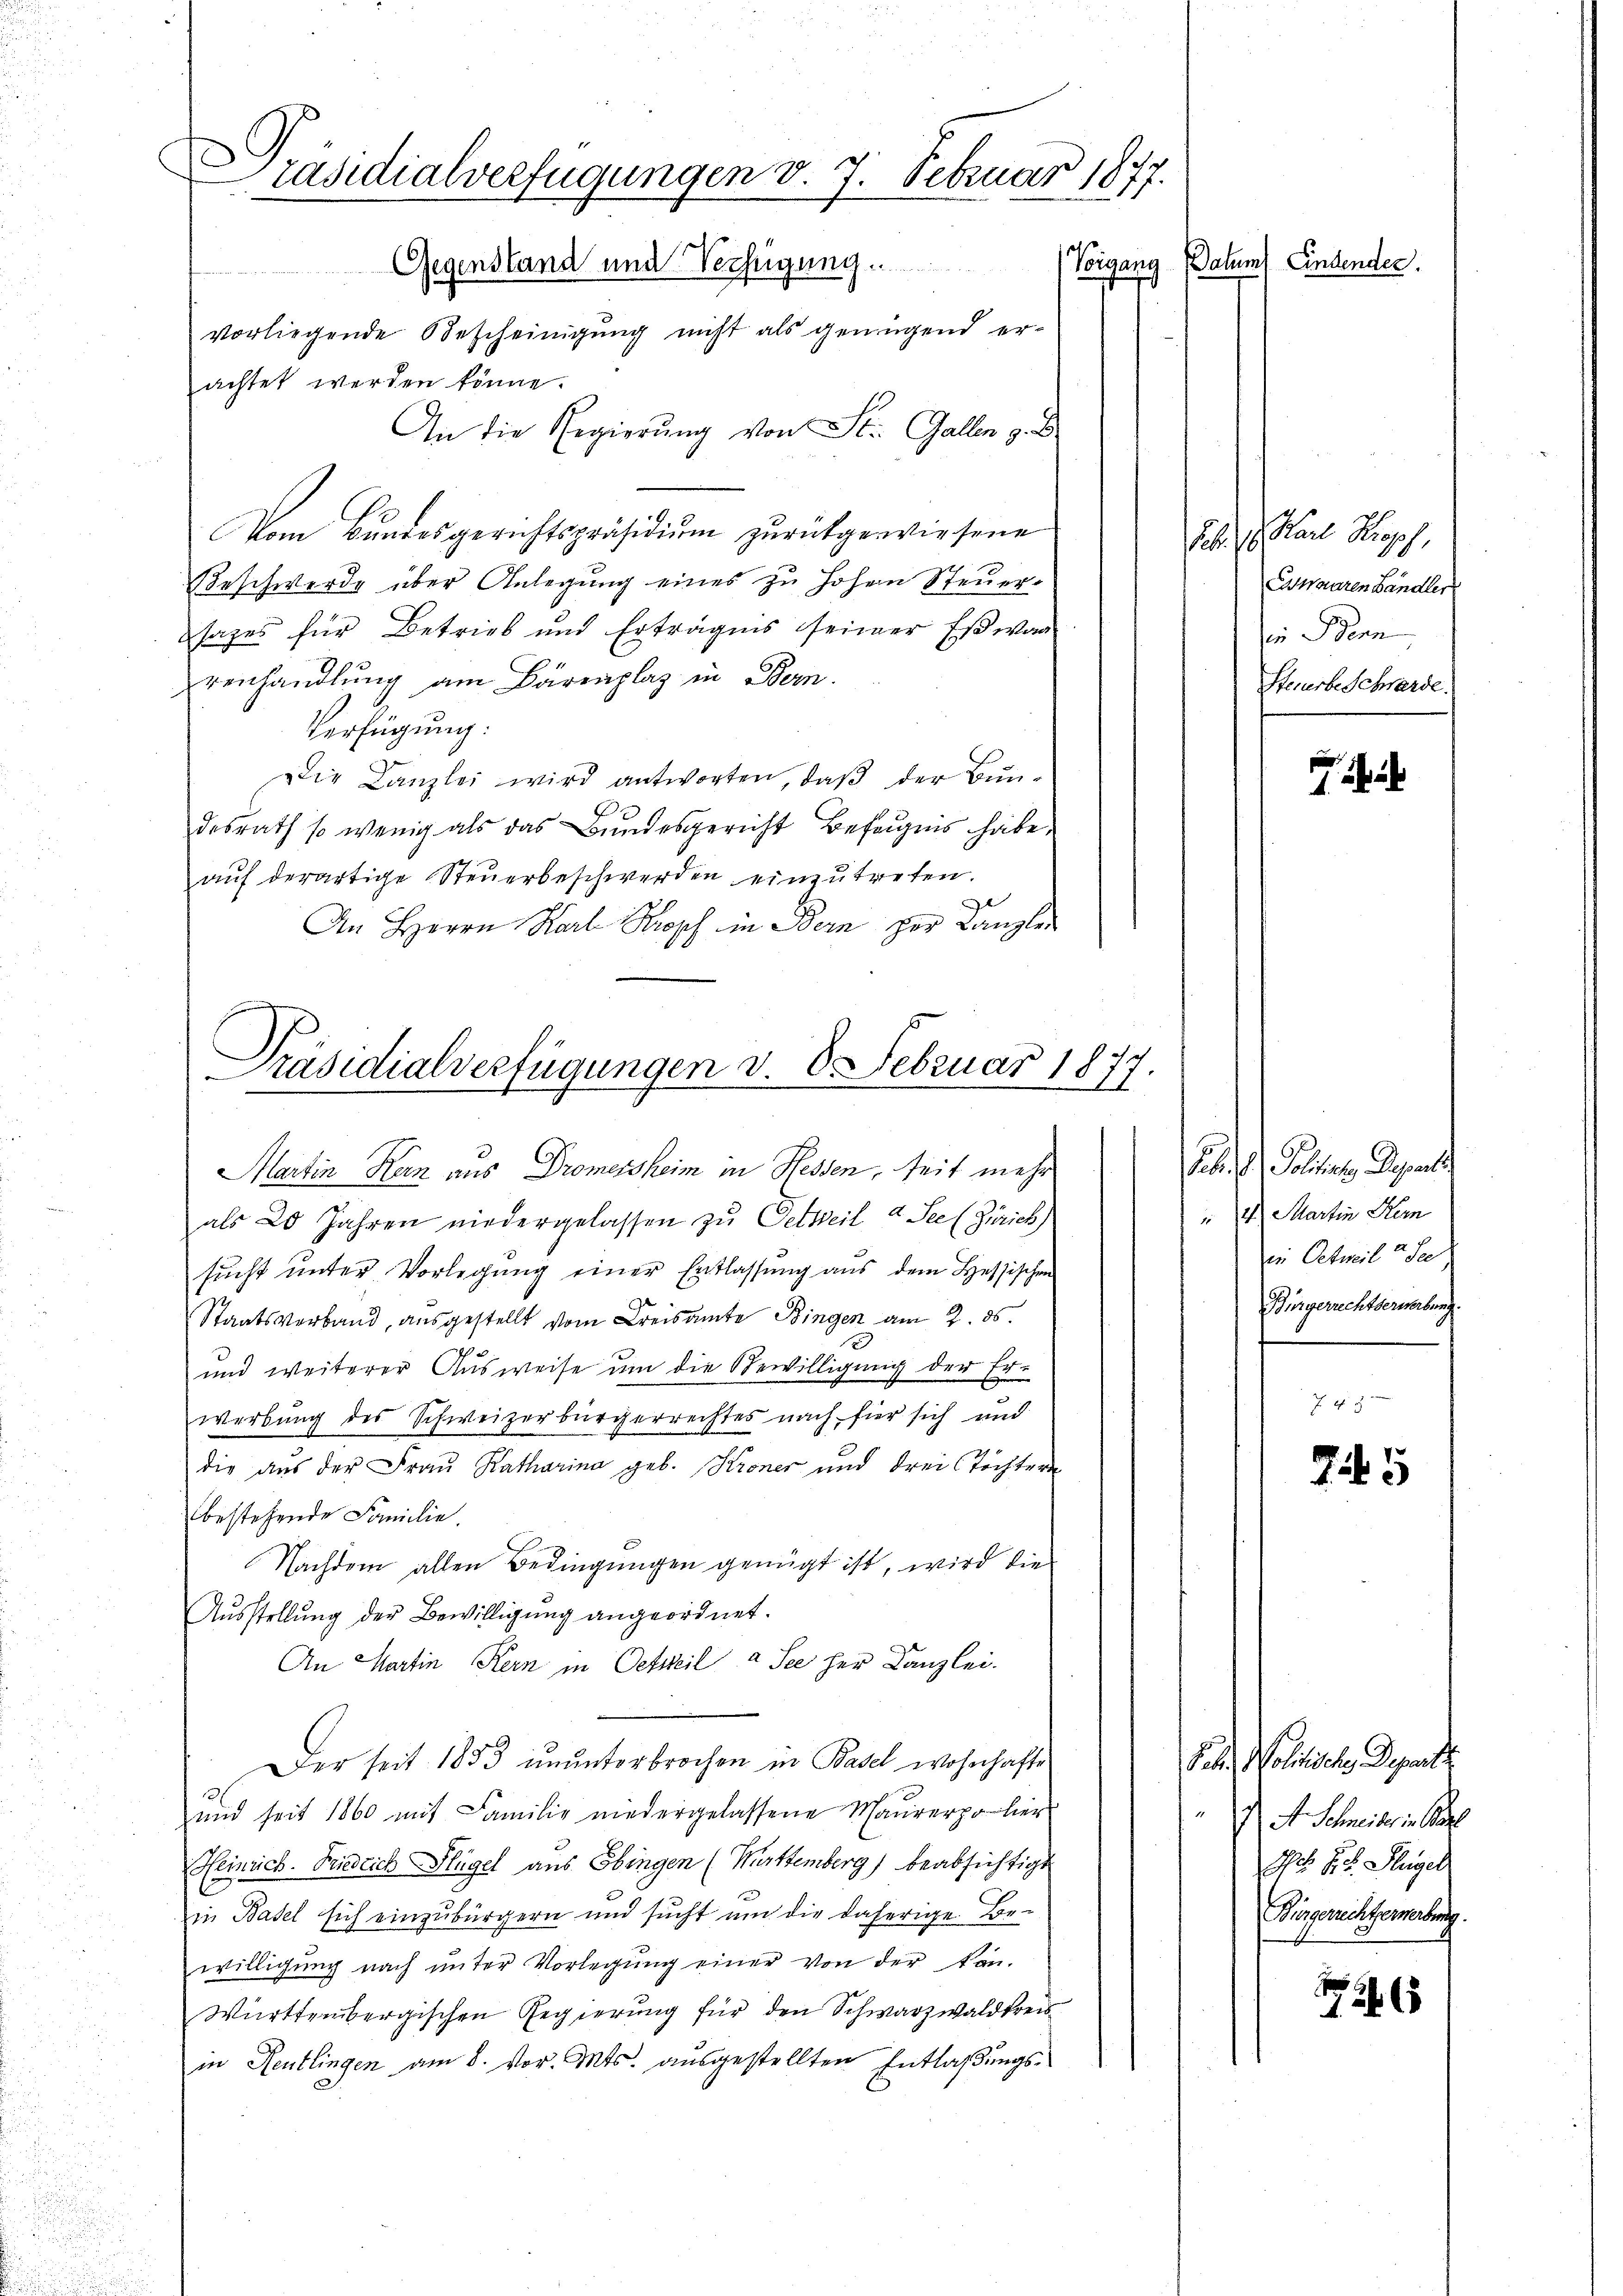
.

vorliegende Bescheinigung nicht als genügend erachtet werden könne.
An die Regierung von St. Gallen z. B
Vom Bundesgerichtspräsidium zurückgewiesene
Beschwerde über Anlegung eines zu hohen Steuersazes für Betrieb und Erträgnis seiner Es war
venhandlung am Bärenplaz in Bern.
Verfügung:
Die Kanzlei wird antworten, daß der Bundesrath so wenig als das Bundesgericht Befugnis habe.
aŭf derartige Steŭerbeschwerden einzŭtreten.
.
An Herrn Karl Kopf in Bern per Canzlei

räsidialverfügungen v. 7. Februar 1877.
Datum) Eindender.
Gegenstand und Verfügung. Vorgang

Präsidialverfügungen v. 8. Februar 1877

Martin Kern aus Dromersheim in Hessen, seit mehr
als 20 Jahren niedergelassen zu Oetweil & See (Zürich)
sucht unter Vorlegung einer Entlassung aus dem Hessischen
Staatsverband, ausgestellt vom Kreisamte Bingen am 2. ds.
und weiterer Ausweise um die Bewilligung der Erwerbung des Schweizerbürgerrechtes nach für sich und
die aus der Fraŭ Katharina geb. Kroner und drei Töchter
bestehende Familie.
Nachdem allen Bedingungen genügt ist, wird die
Ausstellung der Bewilligung angeordnet.
An Martin Kern in Oetweil a See her Kanzlei.
Der seit 1853 ununterbrochen in Basel wohnhafte
und seit 1860 mit Familie niedergelassene Maurerpolier
Heinrich. Friedrich Flügel aus Sbingen (Marttemberg) beabsichtigt
in Basel sich einzubürgern und sucht um die daherige Bewilligung nach unter Vorlegung einer von der kan-
Württembergischen Regierung für den Schwarzwaldkreis
in Reutlingen am 8. vor. Mts. ausgestellten Entlaßungs¬

Karl Kropf,
b. 18
Ewaaren Bändler
in Bern
Steuerbeschwerde.

Feb. 1 Pache Deputi
4 Martin Kern
in Oetweil & See
Bürgerichtserwerbung
f 48 x

Feb. Molitische Departe
 A. Schreiber in Par
P. J. J. Steigel
Bürgerrechternerbung

25